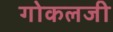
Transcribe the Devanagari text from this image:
गोकलजी